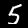
Digit: 5